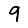
Digit: 9